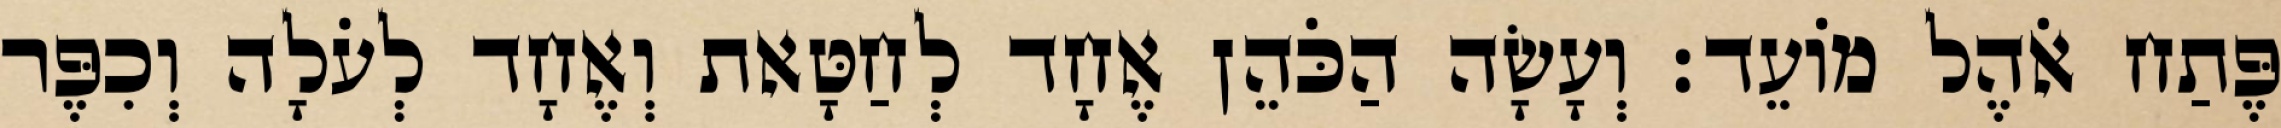
פֶּתַח אֹהֶל מוֹעֵד׃ וְעָשָׂה הַכֹּהֵן אֶחָד לְחַטָּאת וְאֶחָד לְעֹלָה וְכִפֶּר